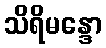
သိရိမန္ဒော